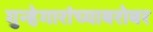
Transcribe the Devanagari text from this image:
गुन्हेगारांच्याबरोबर